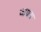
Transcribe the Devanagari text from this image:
जाग्रता